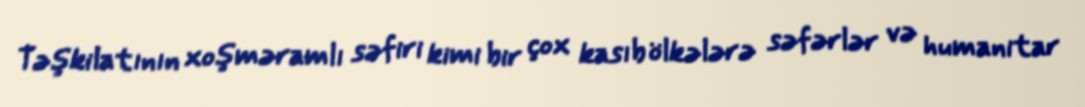
Təşkilatının xoşməramlı səfiri kimi bir çox kasıb ölkələrə səfərlər və humanitar